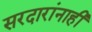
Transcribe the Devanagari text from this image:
सरदारांनाही